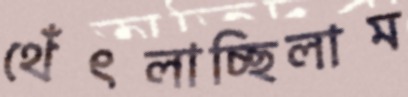
থেঁৎলাচ্ছিলাম